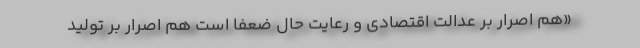
«هم اصرار بر عدالت اقتصادی و رعایت حال ضعفا است هم اصرار بر تولید